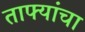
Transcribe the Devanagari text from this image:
ताफ्यांचा